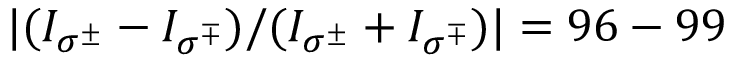
| ( I _ { \sigma ^ { \pm } } - I _ { \sigma ^ { \mp } } ) / ( I _ { \sigma ^ { \pm } } + I _ { \sigma ^ { \mp } } ) | = 9 6 - 9 9 \